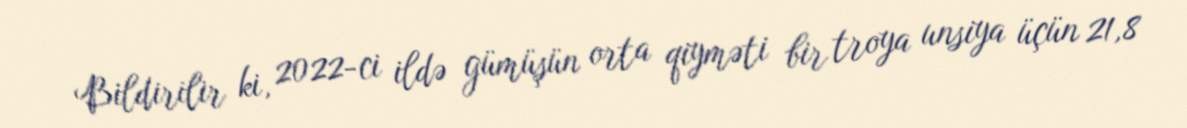
Bildirilir ki, 2022-ci ildə gümüşün orta qiyməti bir troya unsiya üçün 21,8